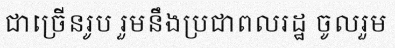
ជាច្រើនរូប រួមនឹងប្រជាពលរដ្ឋ ចូលរួម